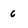
Character: 6